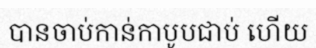
បានចាប់កាន់កាបូបជាប់ ហើយ